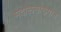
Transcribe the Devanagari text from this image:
मदालसाख्यान